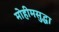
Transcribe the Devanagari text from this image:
मोहीमसुद्धा